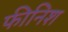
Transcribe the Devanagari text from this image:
फीनिश